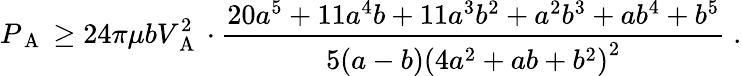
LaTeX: P_{\mathrm{~A~}}\ge 24\pi\mu bV_{\mathrm{~A~}}^{2}\cdot\frac{20a^{5}+11a^{4}b+11a^{3}b^{2}+a^{2}b^{3}+ab^{4}+b^{5}}{5(a-b)\left(4a^{2}+ab+b^{2}\right)^{2}}\; .